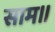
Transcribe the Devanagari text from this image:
साम।।